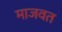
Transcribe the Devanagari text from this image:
माजवत